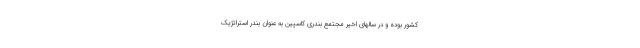
کشور بوده و در سالهای اخیر مجتمع بندری کاسپین به عنوان بندر استراتژیک